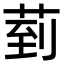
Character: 菿